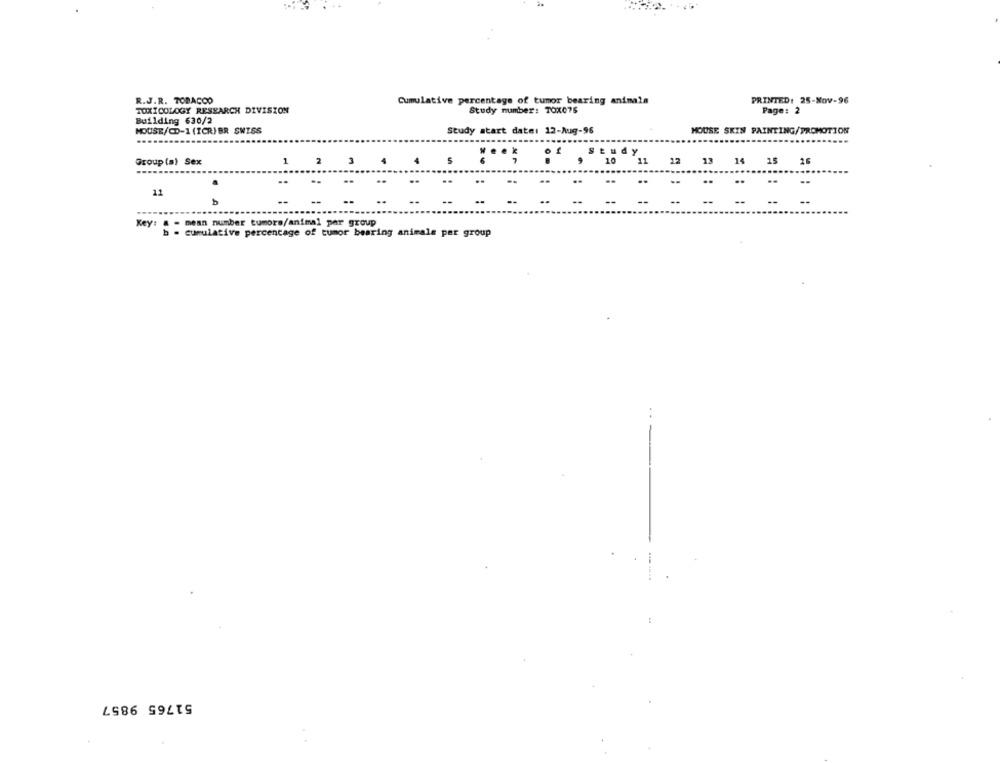
R.J.R. TOBACCO
Cumulative percentage of tumor bearing animals
PRINTED: 25-Nov-96
TOXICOLOGY RESEARCH DIVISION
Study number: TOX075
Page: 2
Building 630/2
HOUSE/CD-1 (ICR) BR SWISS
Study start date: 12-Aug-96
MOUSE SKIN PAINTING/PROMOTION
Group (a) Sex
1
2
3
5
10
12
13
14
26
..
11
--
--
Key: # - mean number tumors/animal per group
b - cumulative percentage of tumor bearing animale per group
..
51765 9857